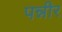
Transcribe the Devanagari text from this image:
पन्नीर